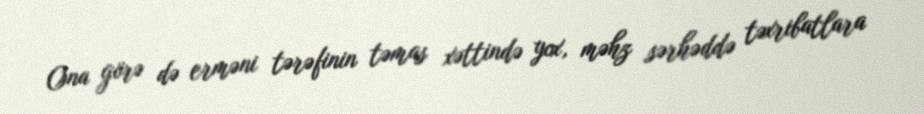
Ona görə də erməni tərəfinin təmas xəttində yox, məhz sərhəddə təxribatlara